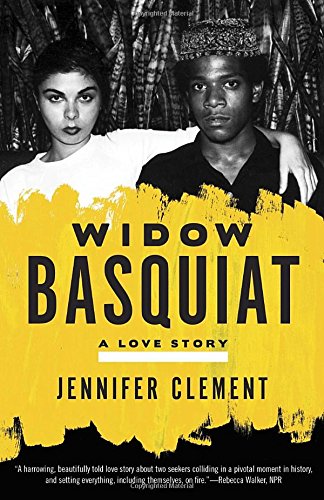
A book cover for Widow Basquiat: A Love Story; Jennifer Clement; Biographies & Memoirs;